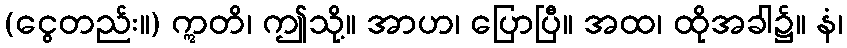
(ငွေတည်း။) ဣတိ၊ ဤသို့။ အာဟ၊ ပြောပြီ။ အထ၊ ထိုအခါ၌။ နံ၊